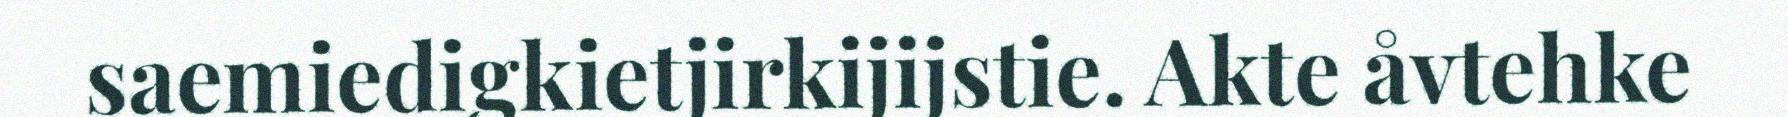
saemiedigkietjirkijijstie. Akte åvtehke